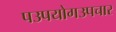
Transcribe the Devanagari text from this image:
पउपयोगउपचार